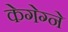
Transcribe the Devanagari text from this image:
केगेग्ने